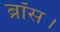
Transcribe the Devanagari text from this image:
ब्रॉस।